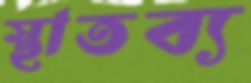
স্থাতব্য